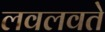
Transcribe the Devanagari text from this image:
लवलवते